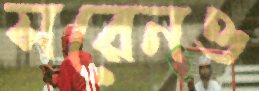
সরেনও